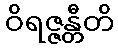
ဝိရဇ္ဇန္တီတိ